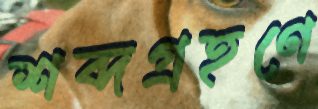
শব্দগ্রহণে